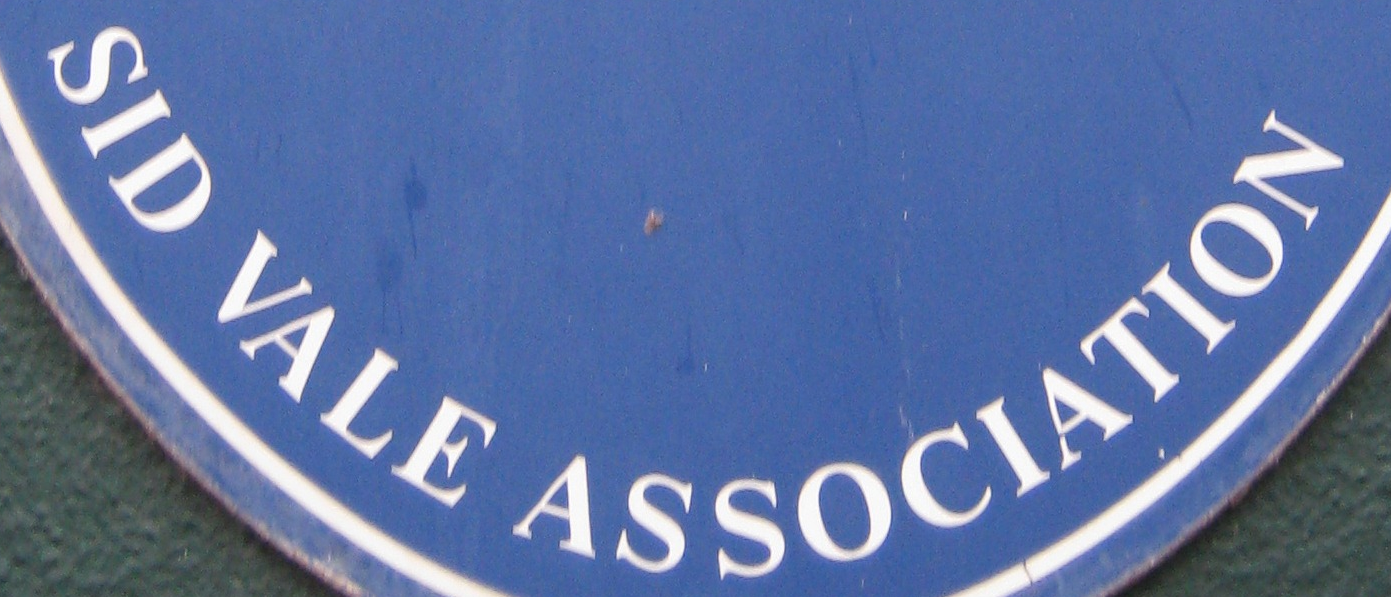
SID VALE ASSOCIATION